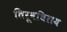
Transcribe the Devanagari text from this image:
तिरूवधिराय